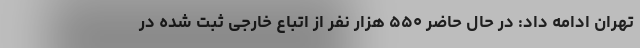
تهران ادامه داد: در حال حاضر ۵۵۰ هزار نفر از اتباع خارجی ثبت شده در